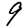
Digit: 9